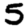
Digit: 5